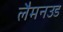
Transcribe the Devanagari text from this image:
लैमनउड